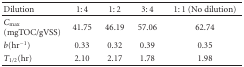
<table><thead><tr><td><b>Dilution</b></td><td><b>1: 4</b></td><td><b>1: 2</b></td><td><b>3: 4</b></td><td><b>1: 1 (No dilution)</b></td></tr></thead><tbody><tr><td><i>C</i><sub>max⁡</sub> (mgTOC/gVSS)</td><td>41.75</td><td>46.19</td><td>57.06</td><td>62.74</td></tr><tr><td><i>b</i>(hr<sup>-1</sup>)</td><td>0.33</td><td>0.32</td><td>0.39</td><td>0.35</td></tr><tr><td><i>T</i><sub>1/2</sub>(hr)</td><td>2.10</td><td>2.17</td><td>1.78</td><td>1.98</td></tr></tbody></table>